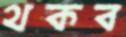
থকব